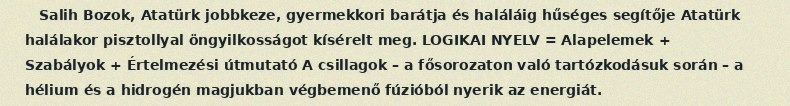
Salih Bozok, Atatürk jobbkeze, gyermekkori barátja és haláláig hűséges segítője Atatürk halálakor pisztollyal öngyilkosságot kísérelt meg. LOGIKAI NYELV = Alapelemek + Szabályok + Értelmezési útmutató A csillagok – a fősorozaton való tartózkodásuk során – a hélium és a hidrogén magjukban végbemenő fúzióból nyerik az energiát.